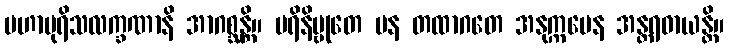
မဟာပုရိသလက္ခဏာနိ အာဂစ္ဆန္တိ။ ပရိနိဗ္ဗုတေ ပန တထာဂတေ အနုက္ကမေန အန္တရဓာယန္တိ။